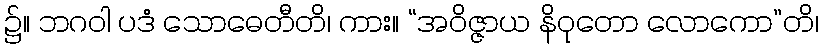
၌။ ဘဂဝါ ပဒံ သောဓေတီတိ၊ ကား။ “အဝိဇ္ဇာယ နိဝုတော လောကော”တိ၊